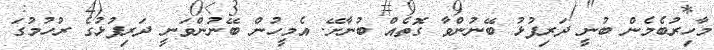
މާހިރުބެމެން ބުނީ ދަރިފުޅު ބޭނުންވާ ގޮތެއް ބުނާށޭ. އެމީހުން ބޭނުންވަނީ ދަރިފުޅުގެ ރުހުމުގަ